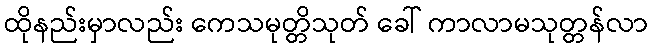
ထိုနည်းမှာလည်း ကေသမုတ္တိသုတ် ခေါ် ကာလာမသုတ္တန်လာ